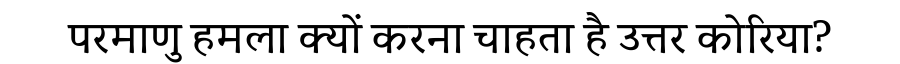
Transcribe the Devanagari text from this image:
परमाणु हमला क्यों करना चाहता है उत्तर कोरिया?